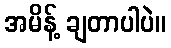
အမိန့် ချတာပါပဲ။